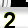
Digit: 2